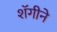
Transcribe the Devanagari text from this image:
शॅगीने